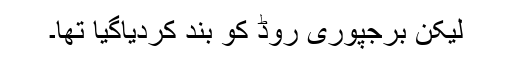
لیکن برجپوری روڈ کو بند کردیاگیا تھا۔